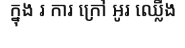
ក្នុង រ ការ ក្រៅ អូរ ឈ្លើង